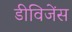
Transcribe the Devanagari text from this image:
डीविजेंस